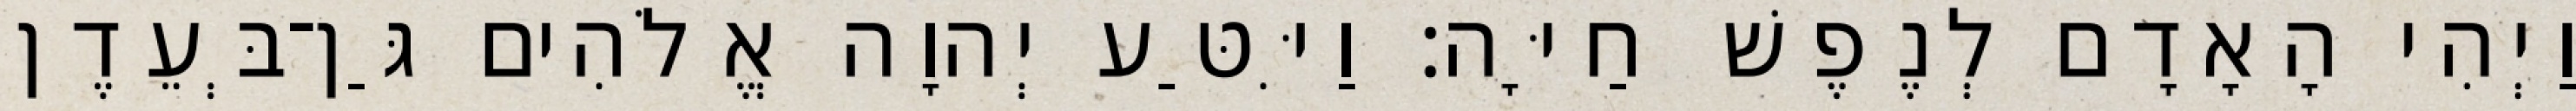
וַיְהִי הָאָדָם לְנֶפֶשׁ חַיָּה׃ וַיִּטַּע יְהוָה אֱלֹהִים גַּן־בְּעֵדֶן